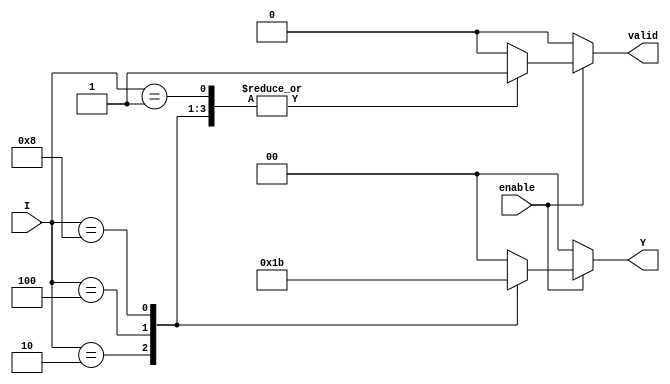
module binary_encoder (
    input wire [3:0] I,      // 4 input lines
    input wire enable,       // Enable signal
    output reg [1:0] Y,      // 2-bit output
    output reg valid         // Valid signal to indicate if output is valid
);

    always @(*) begin
        if (!enable) begin
            Y = 2'b00;        // If not enabled, output can be set to a known state
            valid = 1'b0;     // Output is not valid
        end else begin
            case (I)
                4'b0001: begin Y = 2'b00; valid = 1'b1; end // I0 active
                4'b0010: begin Y = 2'b01; valid = 1'b1; end // I1 active
                4'b0100: begin Y = 2'b10; valid = 1'b1; end // I2 active
                4'b1000: begin Y = 2'b11; valid = 1'b1; end // I3 active
                default: begin Y = 2'b00; valid = 1'b0; end // Invalid state
            endcase
        end
    end

endmodule